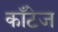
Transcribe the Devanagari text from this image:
काँटेज